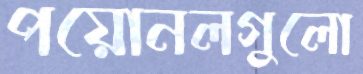
পয়োনলগুলো